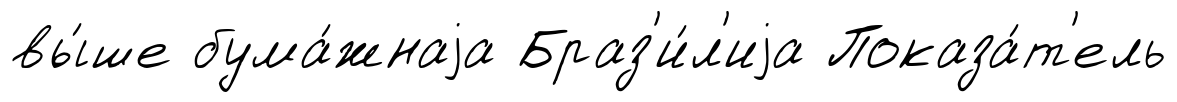
вы́ше бума́жнаjа Браз'и́л'иjа Показа́т'ель